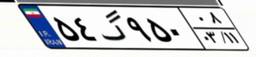
۶۰گ۷۳۰۴۶